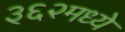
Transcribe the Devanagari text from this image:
३६२मध्ये